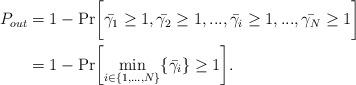
LaTeX: \begin{align*}P_{out} &= 1-\textrm{Pr}\bigg[\bar{\gamma_1} \ge 1,\bar{\gamma_2} \ge 1,...,\bar{\gamma_i} \ge 1,...,\bar{\gamma_N} \ge 1\bigg] \\&= 1-\textrm{Pr}\bigg[{\underset{i \in \{1,...,N\}} {\textrm{min}}}\{\bar{\gamma_i}\} \ge 1\bigg].\end{align*}